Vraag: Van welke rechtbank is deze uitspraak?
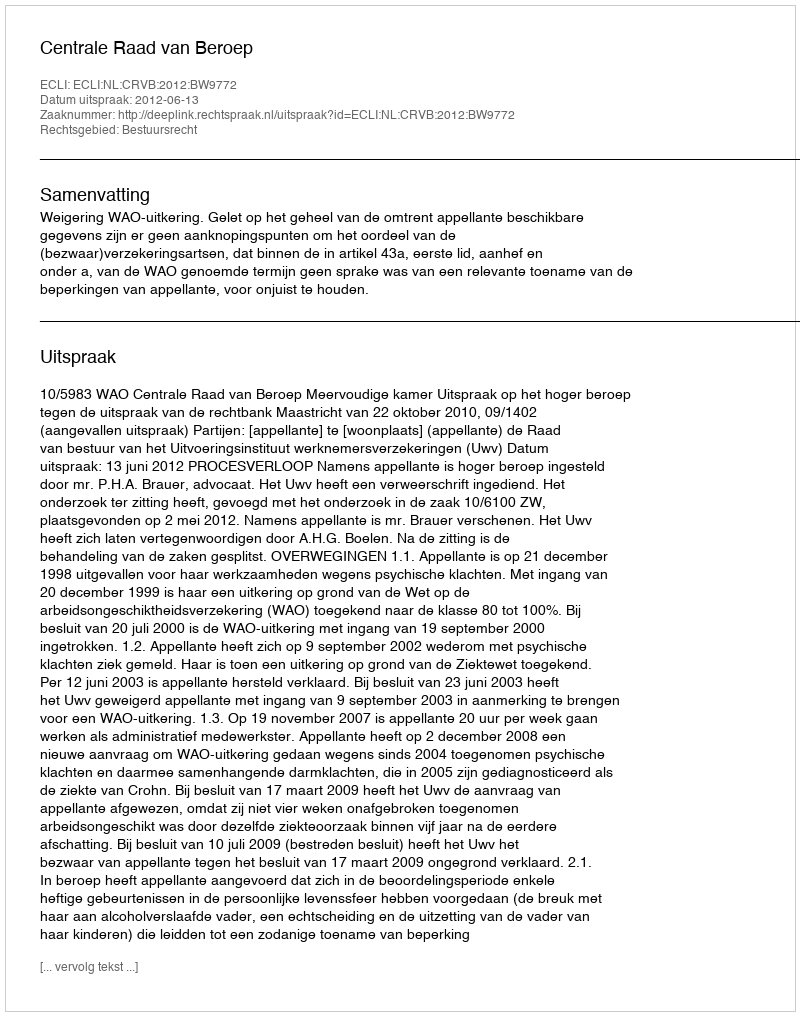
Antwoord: Centrale Raad van Beroep